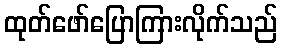
ထုတ်ဖော်ပြောကြားလိုက်သည်